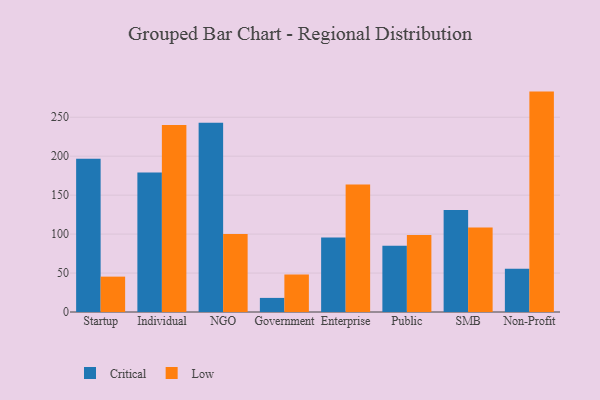
{"axis": {"x": "Segment", "y": "Customer Acquisition Cost (USD)"}, "legend": ["Critical", "Low"], "data": [{"x": "Startup", "y": 196.6, "type": "Critical"}, {"x": "Startup", "y": 45.4, "type": "Low"}, {"x": "Individual", "y": 179.1, "type": "Critical"}, {"x": "Individual", "y": 240.0, "type": "Low"}, {"x": "NGO", "y": 243.0, "type": "Critical"}, {"x": "NGO", "y": 100.0, "type": "Low"}, {"x": "Government", "y": 18.1, "type": "Critical"}, {"x": "Government", "y": 48.2, "type": "Low"}, {"x": "Enterprise", "y": 95.5, "type": "Critical"}, {"x": "Enterprise", "y": 163.6, "type": "Low"}, {"x": "Public", "y": 85.0, "type": "Critical"}, {"x": "Public", "y": 98.8, "type": "Low"}, {"x": "SMB", "y": 130.8, "type": "Critical"}, {"x": "SMB", "y": 108.5, "type": "Low"}, {"x": "Non-Profit", "y": 55.4, "type": "Critical"}, {"x": "Non-Profit", "y": 282.9, "type": "Low"}]}